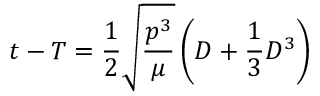
t - T = { \frac { 1 } { 2 } } { \sqrt { \frac { p ^ { 3 } } { \mu } } } \left( D + { \frac { 1 } { 3 } } D ^ { 3 } \right)